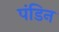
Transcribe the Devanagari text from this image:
पंडिन